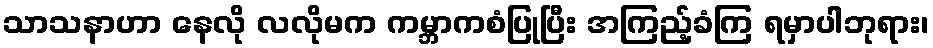
သာသနာဟာ နေလို လလိုမက ကမ္ဘာကစံပြုပြီး အကြည့်ခံကြ ရမှာပါဘုရား၊